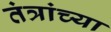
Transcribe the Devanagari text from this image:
तंत्रांच्या